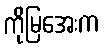
ကိုမြအေးက